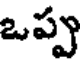
ఒప్పు